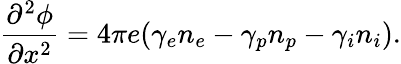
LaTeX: \frac{\partial^{2}\phi}{\partial x^{2}}=4\pi e(\gamma_{e}n_{e}-\gamma_{p}n_{p}-\gamma_{i}n_{i}).